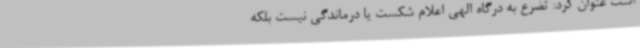
است عنوان کرد: تضرع به درگاه الهی اعلام شکست یا درماندگی نیست بلکه